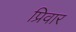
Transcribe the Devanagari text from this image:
प्रिवार